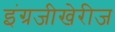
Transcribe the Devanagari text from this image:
इंग्रजीखेरीज